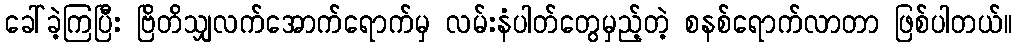
ခေါ်ခဲ့ကြပြီး ဗြိတိသျှလက်အောက်ရောက်မှ လမ်းနံပါတ်တွေမှည့်တဲ့ စနစ်ရောက်လာတာ ဖြစ်ပါတယ်။